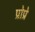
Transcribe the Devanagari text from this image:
प्रोप्रे